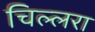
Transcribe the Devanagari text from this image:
चिल्लरा